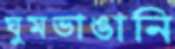
ঘুমভাঙানি